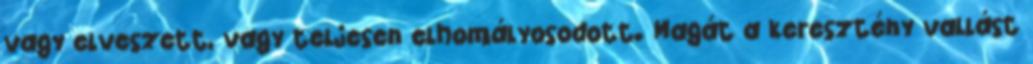
vagy elveszett, vagy teljesen elhomályosodott. Magát a keresztény vallást